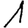
Digit: 1